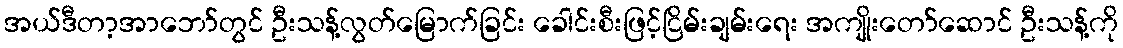
အယ်ဒီတာ့အာဘော်တွင် ဦးသန့်လွတ်မြောက်ခြင်း ခေါင်းစီးဖြင့်ငြိမ်းချမ်းရေး အကျိုးတော်ဆောင် ဦးသန့်ကို